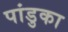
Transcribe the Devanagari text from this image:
पांडुका